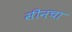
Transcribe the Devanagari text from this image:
सीनचा